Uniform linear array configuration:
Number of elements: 48
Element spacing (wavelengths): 0.75
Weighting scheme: binomial
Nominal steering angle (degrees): -15
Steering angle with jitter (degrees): -13.584
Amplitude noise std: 0.05
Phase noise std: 0.05

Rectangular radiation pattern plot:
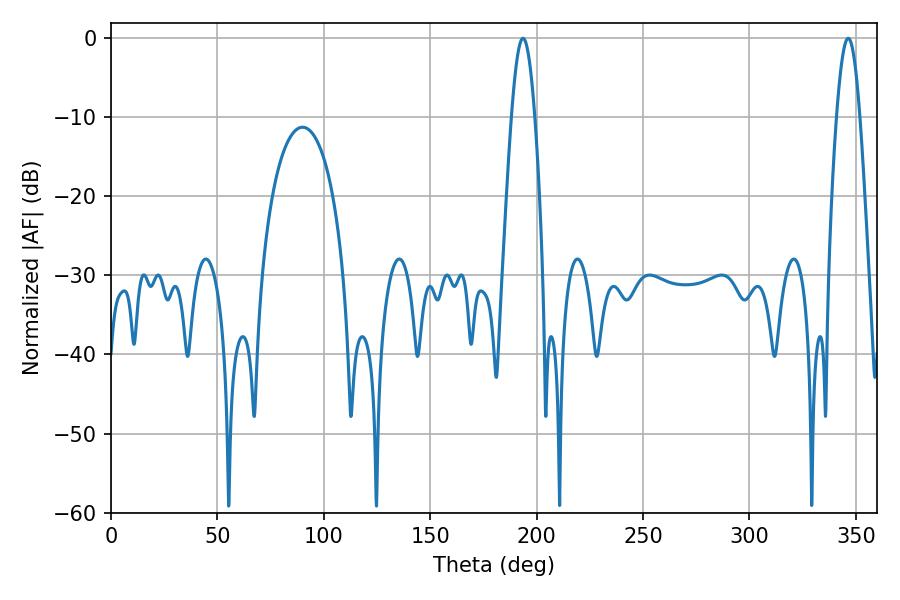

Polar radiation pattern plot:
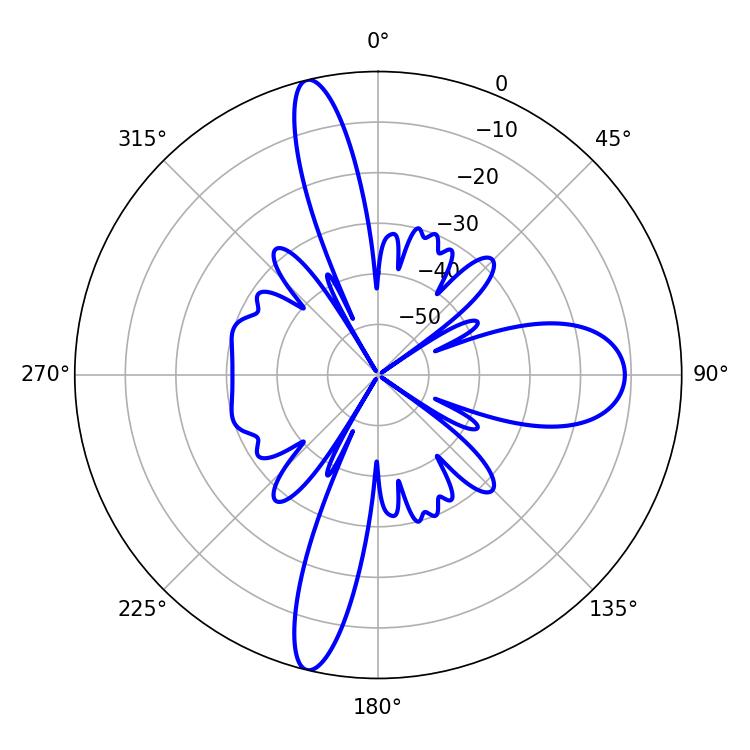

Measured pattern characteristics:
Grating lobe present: TRUE
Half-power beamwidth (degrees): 5.94
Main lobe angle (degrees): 346.32